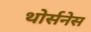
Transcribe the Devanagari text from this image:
थोर्सनेस